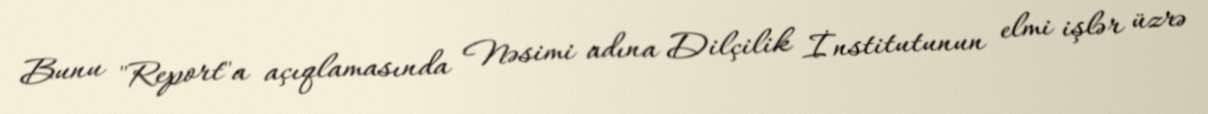
Bunu "Report"a açıqlamasında Nəsimi adına Dilçilik İnstitutunun elmi işlər üzrə